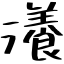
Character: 瀁